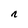
Character: n